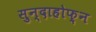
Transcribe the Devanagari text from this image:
सुन्दाहोफ़्न